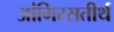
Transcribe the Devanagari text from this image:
आंगिरसतीर्थ